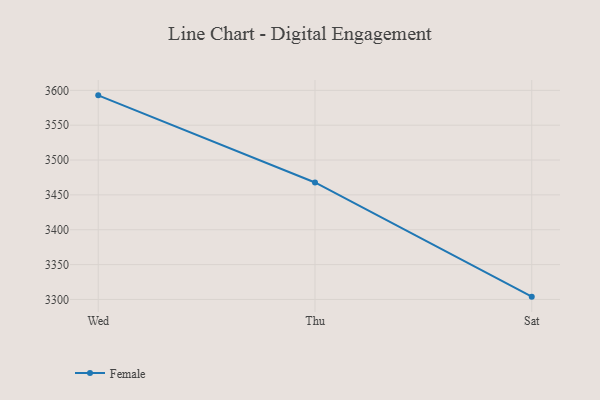
{"axis": {"x": "Day", "y": "Customer Acquisition Cost (USD)"}, "legend": ["Female"], "data": [{"x": "Wed", "y": 3592.8, "type": "Female"}, {"x": "Thu", "y": 3467.8, "type": "Female"}, {"x": "Sat", "y": 3304.0, "type": "Female"}]}